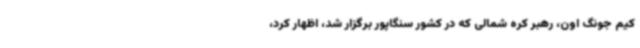
کیم جونگ اون، رهبر کره شمالی که در کشور سنگاپور برگزار شد، اظهار کرد،